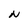
Character: N